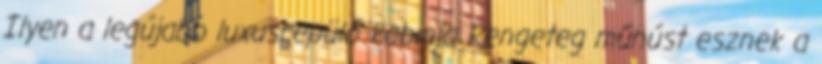
Ilyen a legújabb luxusrepülő kabinja Rengeteg műhúst esznek a